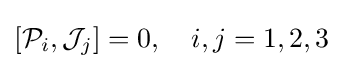
\left[{\mathcal {P}}_{i},{\mathcal {J}}_{j}\right]=0,\quad i,j=1,2,3